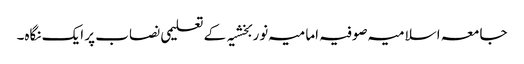
جامعہ اسلامیہ صوفیہ امامیہ نوربخشیہ کے تعلیمی نصاب پر ایک نگاہ۔